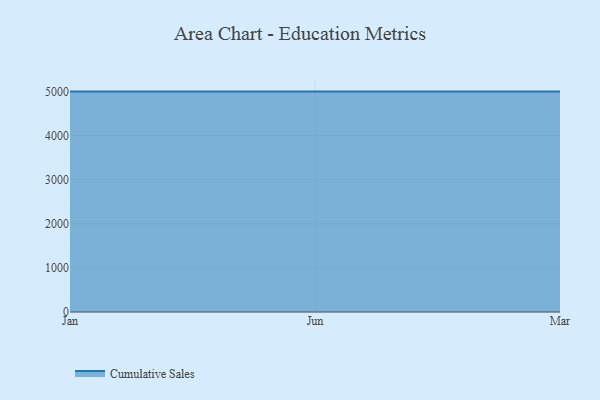
{"axis": {"x": "Month", "y": "Operating Costs (USD K)"}, "legend": ["Cumulative Sales"], "data": [{"x": "Jan", "y": 5000, "type": "Cumulative Sales"}, {"x": "Jun", "y": 5000, "type": "Cumulative Sales"}, {"x": "Mar", "y": 5000, "type": "Cumulative Sales"}]}